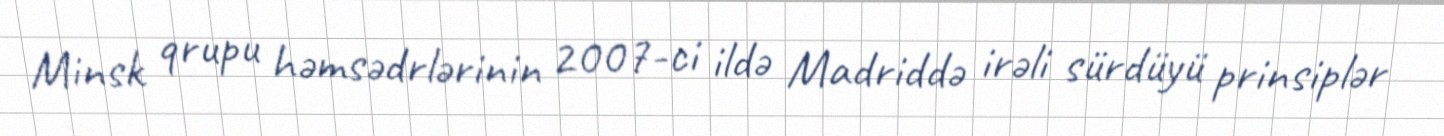
Minsk qrupu həmsədrlərinin 2007-ci ildə Madriddə irəli sürdüyü prinsiplər